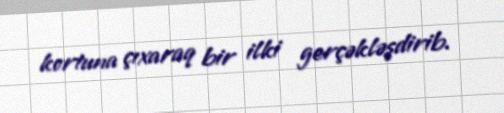
kortuna çıxaraq bir ilki gerçəkləşdirib.